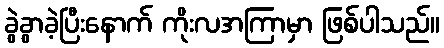
ခွဲခွာခဲ့ပြီးနောက် ကိုးလအကြာမှာ ဖြစ်ပါသည်။